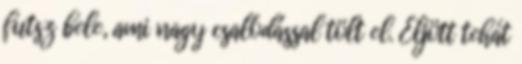
futsz bele, ami nagy csalódással tölt el. Eljött tehát